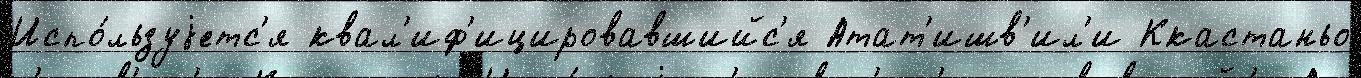
Испо́льзуjетс'я квал'иф'ицировавшийс'я Атат'ишв'ил'и Ккастаньо